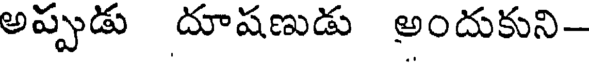
అప్పుడు దూషణుడు అందుకుని-